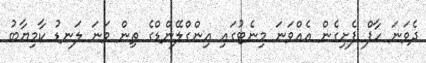
ދެވަނަ ހާފް ފެށިގެން އެއްވަނަ މިނެޓުގައި އިންގްލޭންޑްގެ ތިން ވަނަ ލަނޑު ކާމިޔާބު